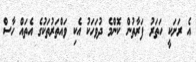
އެ ރަށަކީ ހަތަރު ފަރާތުން ކޮންމެ ދުވަހަކު އެކި ވައްތަރުތަކުގެ އެތައް ހާސް